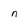
Character: n